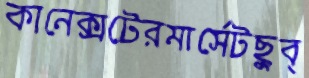
কানেক্সটেরমার্সেটছুব্